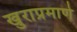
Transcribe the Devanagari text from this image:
खुराप्रमाणे